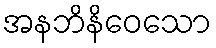
အနဘိနိဝေသော